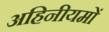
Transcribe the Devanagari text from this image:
अहिनीयमों